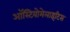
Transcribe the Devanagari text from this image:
ऑस्टियोमेलाइटिस